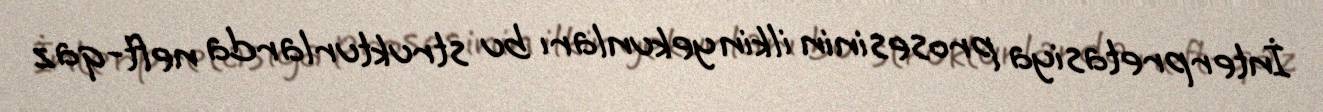
İnterpretasiya prosesinin ilkin yekunları bu strukturlarda neft-qaz